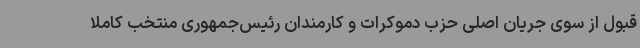
قبول از سوی جریان اصلی حزب دموکرات و کارمندان رئیس‌جمهوری منتخب کاملا